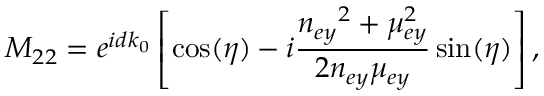
M _ { 2 2 } = e ^ { i d k _ { 0 } } \left[ \cos ( \eta ) - i \frac { n _ { e y } { } ^ { 2 } + \mu _ { e y } ^ { 2 } } { 2 n _ { e y } \mu _ { e y } } \sin ( \eta ) \right] ,